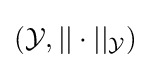
({\mathcal {Y}},||\cdot ||_{\mathcal {Y}})